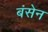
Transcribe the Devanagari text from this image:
बंसेन